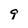
Character: 9